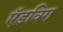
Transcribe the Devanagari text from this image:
ऍडविग